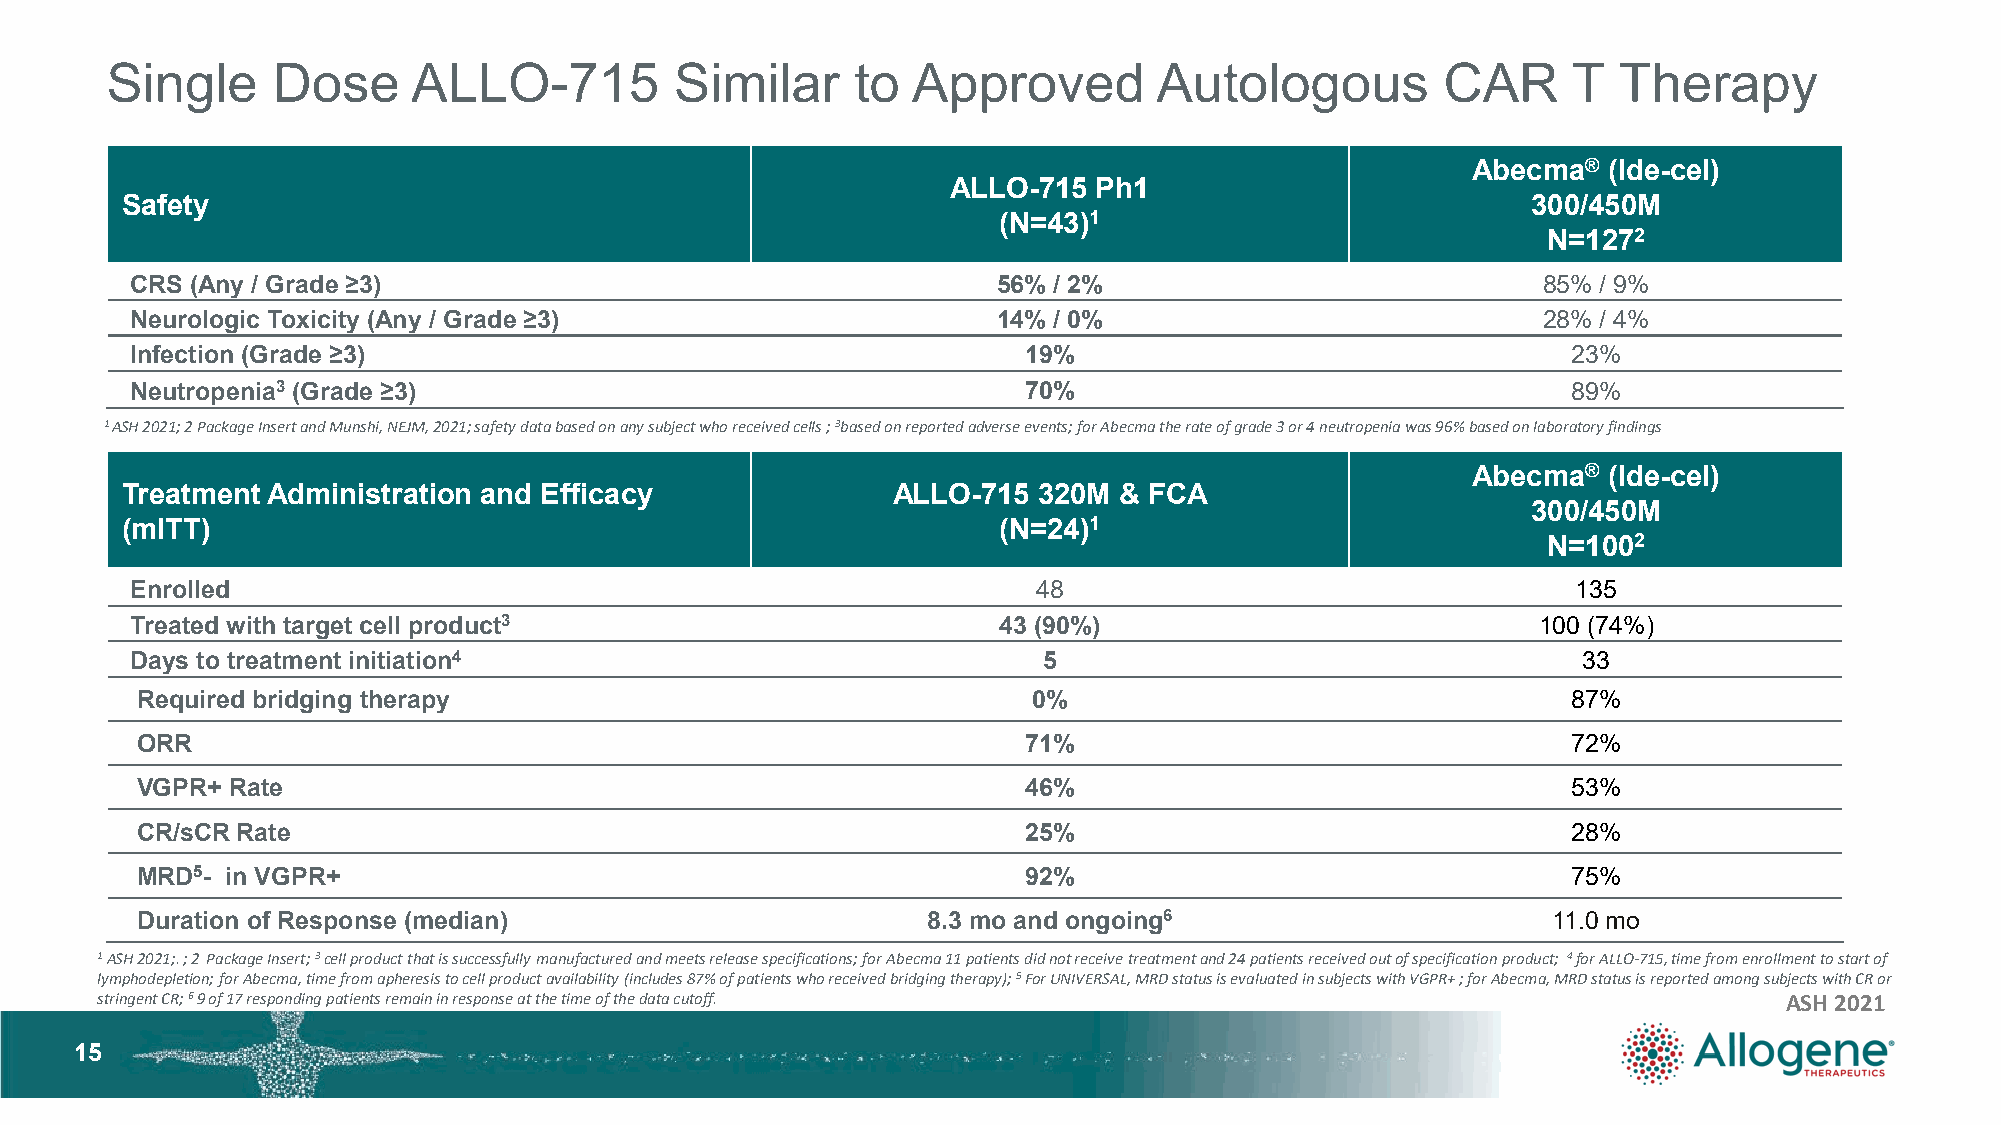
Single     Dose     ALLO-715          Similar     to Approved         Autologous         CAR     T  Therapy
 Abecma®  (Ide-cel)
 ALLO-715  Ph1
 Safety                                                                                       300/450M
 (N=43)1
 N=1272
 CRS (Any / Grade ≥3)                                     56% / 2%                            85% / 9%
 Neurologic Toxicity (Any / Grade ≥3)                     14% / 0%                            28% / 4%
 Infection (Grade ≥3)                                       19%                                 23%
 Neutropenia3 (Grade ≥3)                                    70%                                 89%
 1 ASH 2021; 2 Package Insert and Munshi, NEJM, 2021; safety data based on any subject who received cells ; 3based on reported adverse events; for Abecmathe rate of grade 3 or 4 neutropenia was 96% based on laboratory findings
 Abecma®  (Ide-cel)
 Treatment Administration and Efficacy              ALLO-715  320M & FCA
 300/450M
 (mITT)                                                    (N=24)1
 N=1002
 Enrolled                                                    48                                 135
 Treated with target cell product3                        43 (90%)                            100 (74%)
 Days to treatment initiation4                               5                                   33
 Required bridging therapy                                  0%                                  87%
 ORR                                                        71%                                 72%
 VGPR+ Rate                                                 46%                                 53%
 CR/sCR Rate                                                25%                                 28%
 MRD5- in VGPR+                                             92%                                 75%
 Duration of Response (median)                       8.3 mo and ongoing6                       11.0 mo
 1ASH 2021;. ; 2 Package Insert; 3cell product that is successfully manufactured and meets release specifications; for Abecma11 patients did not receive treatment and 24 patients received out of specification product; 4for ALLO-715, time from enrollment to start of
 lymphodepletion; for Abecma, time from apheresis to cell product availability (includes 87% of patients who received bridging therapy); 5For UNIVERSAL, MRD status is evaluated in subjects with VGPR+ ; for Abecma, MRD status is reported among subjects with CR or
 stringent CR; 69 of 17 responding patients remain in response at the time of the data cutoff.                   ASH 2021
 1155